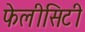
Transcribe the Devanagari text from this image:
फेलीसिटी